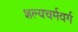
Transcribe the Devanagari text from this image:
शल्यचर्मवर्ग